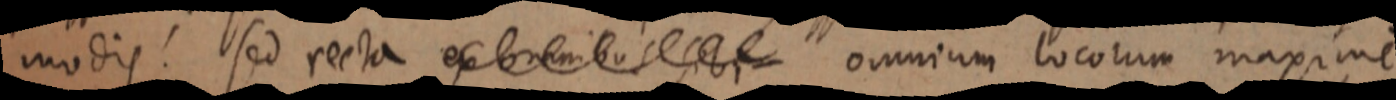
modis. sed recta ex omnibus sibi omnium locorum maxime